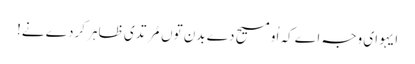
ایہو ای وجہ اے کہ اُو مسیح دے بدن توں مُرتدی ظاہر کردے نے!